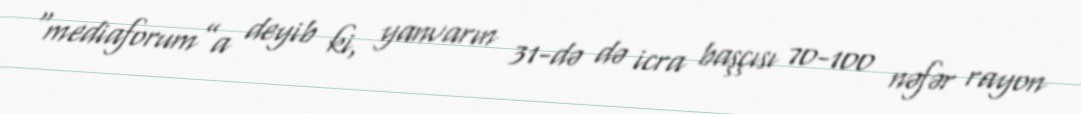
“mediaforum”a deyib ki, yanvarın 31-də də icra başçısı 70-100 nəfər rayon